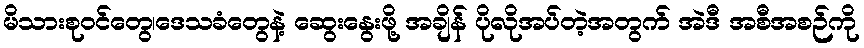
မိသားစုဝင်တွေ၊ဒေသခံတွေနဲ့ ဆွေးနွေးဖို့ အချိန် ပိုလိုအပ်တဲ့အတွက် အဲဒီ အစီအစဉ်ကို